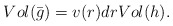
\begin{align*} Vol(\bar{g})=v(r)drVol(h). \end{align*}